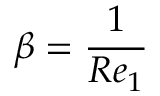
\beta = \frac { 1 } { R e _ { 1 } }